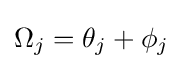
\Omega _{j}=\theta _{j}+\phi _{j}